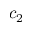
c _ { 2 }